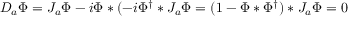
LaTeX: D _ { a } \Phi = J _ { a } \Phi - i \Phi * ( - i \Phi ^ { \dag } * J _ { a } \Phi = ( 1 - \Phi * \Phi ^ { \dag } ) * J _ { a } \Phi = 0